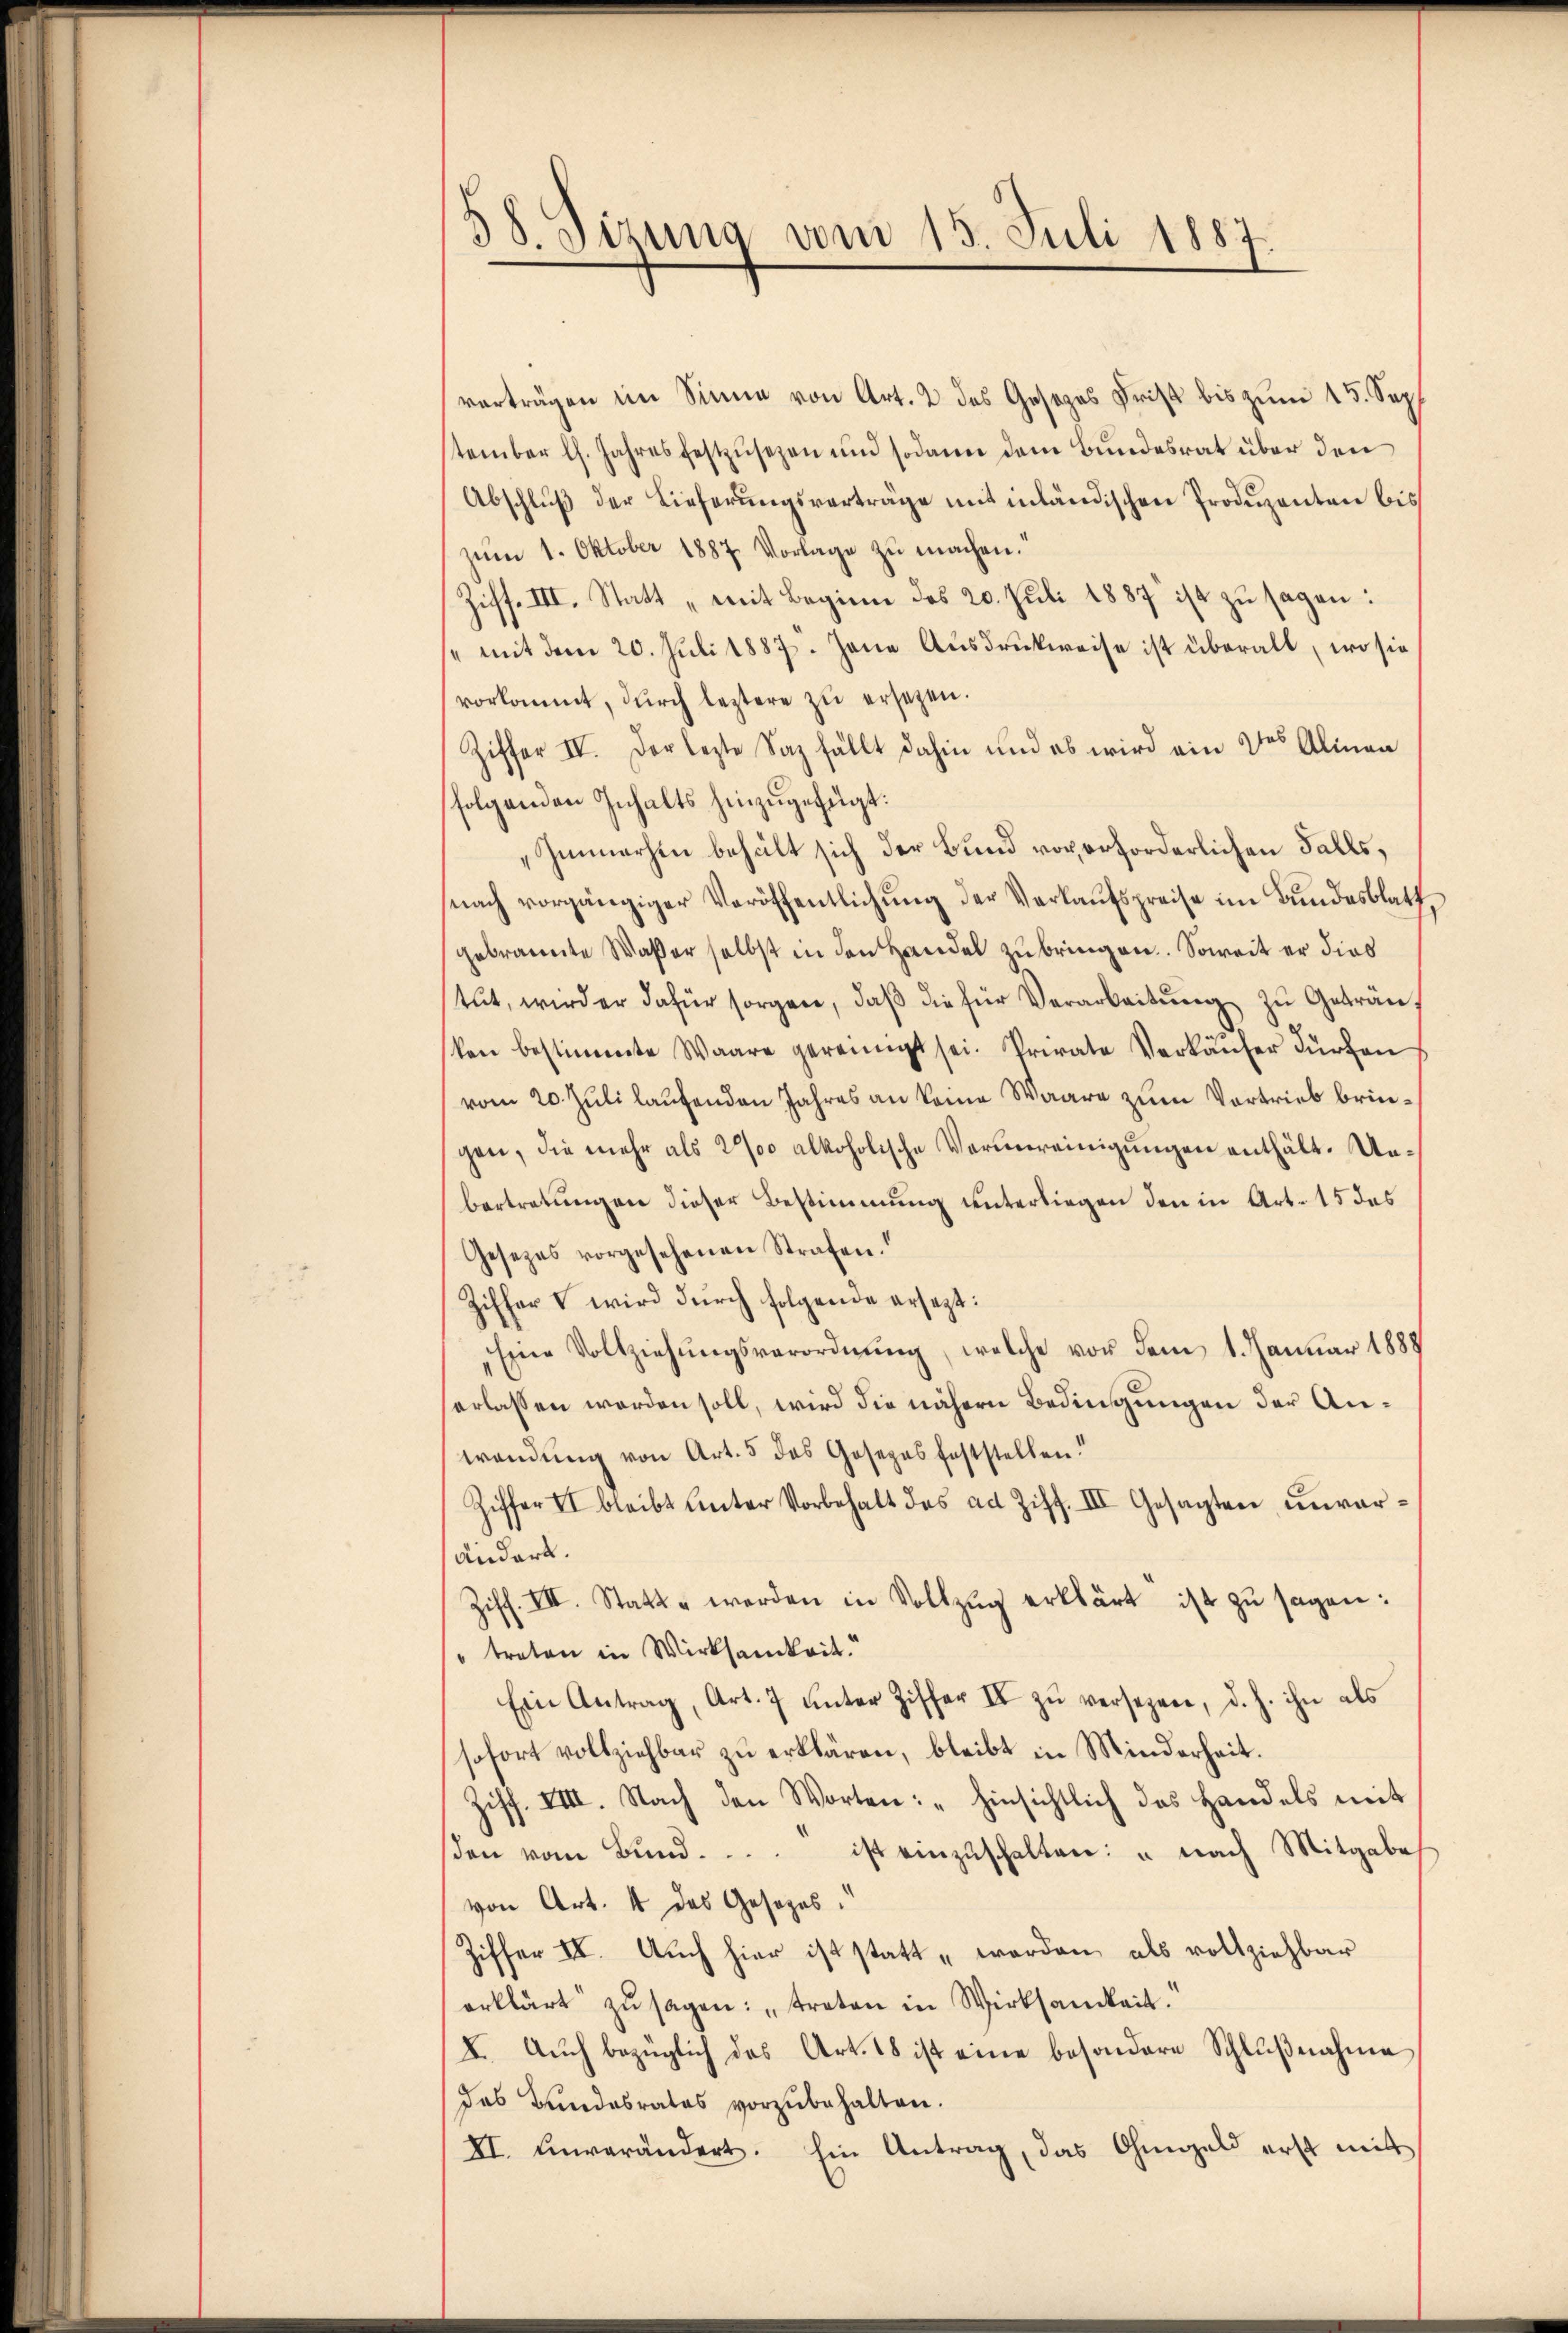
58. Sizung vom 15. Juli 1887.

vorträgen im Sinne von Art. 2 des Gosezes Frist bis zum 15. Sep
tember l. Jahresfestzŭsezen und sodann dem Bundesrat über den
Abschlŭβ der Lieferŭngsverträge mit inländischen Produzenten bis
zŭm 1. Oktober 1887 Vorlage zŭ machen.“
Ziff. III. Statt „mit Beginne des 20. Juli 1887 ist zu sagen:
/ mit dem 20. Juli 1887. Jene Ausdruckweise ist überalt, wo sie
vorkommt, dŭrch leztere zŭ ersetzen.
Ziffer IV. Der lezte Saz fällt dahin und es wird ein des Alinea
folgenden Inhalts hinzugefügt:
Immerhin behält sich der Bund vor erforderlichen Falls,
nach vorgängiger Veröffentlichŭng der Verkaŭfspreise im Bundesblatt,
gebrannte Waßer selbst in den Handel zu bringen. Soweit er dies
tŭt, wird er dafür sorgen, daβ die für Verarbeitŭng zŭ Getränkon bestimmte Waare gereinigt sei. Private Verkäŭfer dŭrchen
vom 20. Juli laufenden Jahres an keine Waare zum Vortrieb bringen, die mehr als 200 alkoholische Verunreinigungen enthält. Unbertretungen dieser Bestimmung unterliegen den in Art. 15 das
Gesezes vorgesehenen Strafen.“
Ziffer V wird durch folgende ersezt:
Eine Vollziehŭngsverordnŭng, welche vor dem 1. Januar 1888
erlassen werden soll, wird die nähern Bedingungen der Anwendung von Art. 5 das Gesezes feststellen!
Ziffer II bleibt ŭnter Vorbehalt des ad Ziff. III Gesagten ŭnvor¬
Andert.
Ziff. III. Statt werden in Vollzŭg erklärt ist zu sagen:
" treten in Wirksamkeit.
Ein Antrag, Art. 7 unter Ziffer II zŭ versezen, d. h. ihn als
sofort vollziehbar zu erklären, bleibt in Minderheit.
Ziff. VIII. Nach den Worten: "Hinsichtlich das Handels mit
den vom Bŭnd . . . . ist einzŭschalten: " nach Mitgabe
von Art. 4 das Gesezes.
Ziffer IV. Auch hier ist statt „worden, als vollziehbar
erklärt zŭ sagen: „treten in Wirksamkeit.
I. Aŭch bezüglich das Art. 18 ist eine besondere Schlŭβnahme
das Bundesrates vorzubehalten.
XI. Unverändert. Ein Antrag, das Ohmgeld erst mit